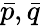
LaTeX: {\bar{p}},{\bar{q}}